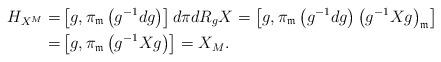
LaTeX: \begin{align*}H_{X^M}=&\left[g,\pi_{\mathfrak m}\left(g^{-1}dg\right)\right]d\pi dR_g X=\left[g, \pi_{\mathfrak m}\left(g^{-1}dg\right)\left(g^{-1} X g\right)_{\mathfrak m}\right]\\=&\left[g, \pi_{\mathfrak m}\left(g^{-1}X g\right)\right]=X_M.\end{align*}